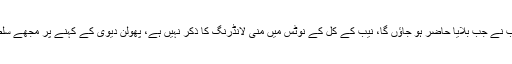
ان کا کہنا تھا کہ نیب نے جب بلایا حاضر ہو جاؤں گا، نیب کے کل کے نوٹس میں منی لانڈرنگ کا ذکر نہیں ہے، پھولن دیوی کے کہنے پر مجھے سلطانہ ڈاکو بنا دیا گیا۔